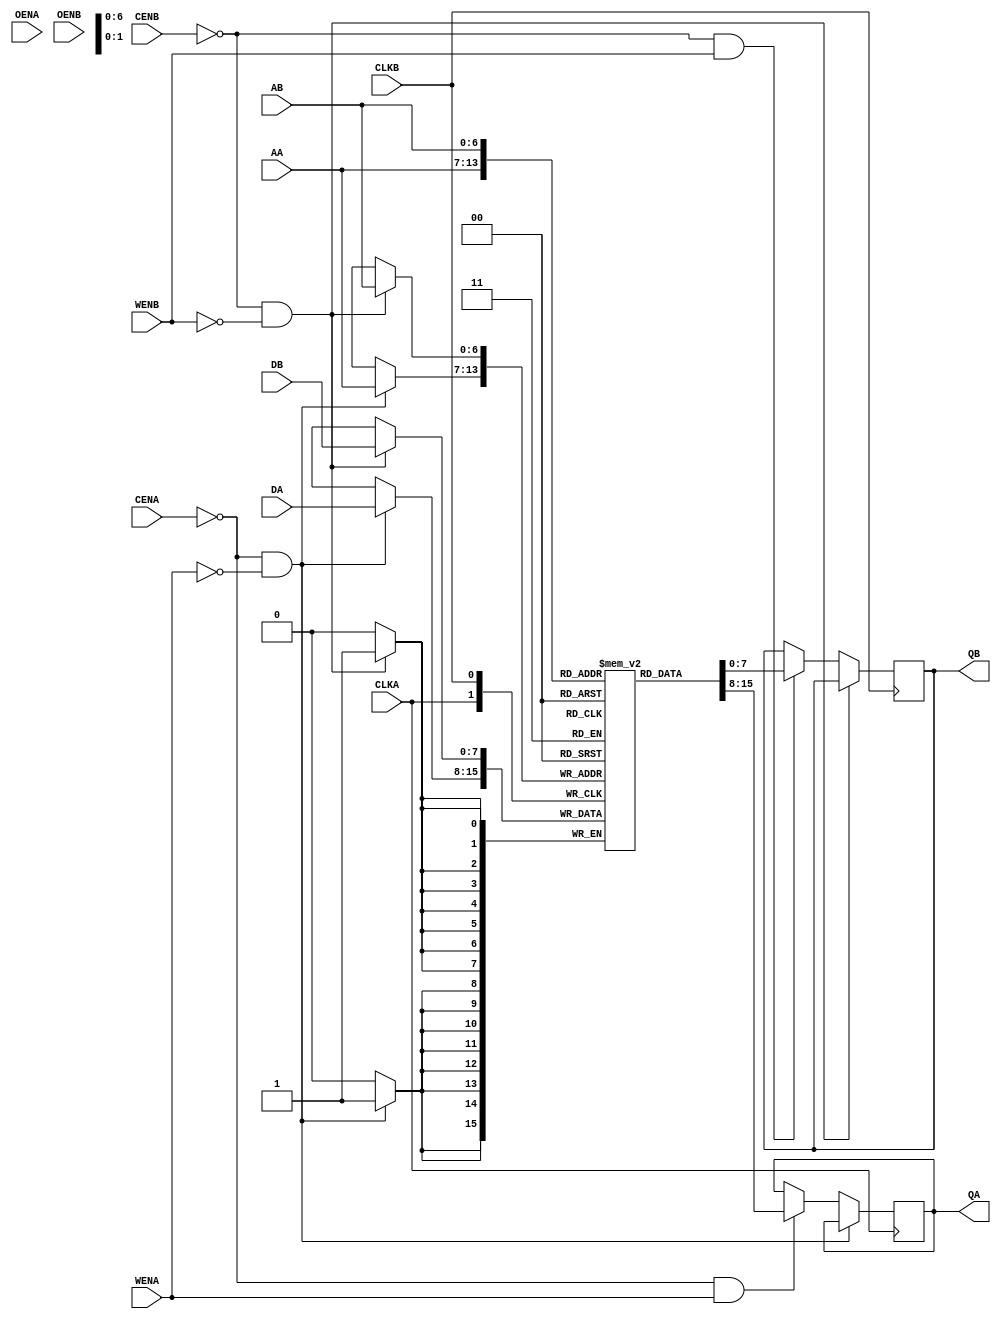
`timescale 1 ns/1 ps
module someTwoPortVendorMem_128_8_0 (QA,
				       CLKA,
				       CENA,  
				       WENA,  
				       AA,  
				       DA,    
				       OENA,
				       QB,  
				       CLKB,
				       CENB,  
				       WENB,  
				       AB,  
				       DB,    
				       OENB);
   output  [7:0]   QA;
   input 	   CLKA;
   input 	   CENA;
   input 	   WENA;
   input [6:0]     AA;
   input [7:0] 	   DA;
   input 	   OENA;
   
   output [7:0]    QB;
   input 	   CLKB;
   input 	   CENB;
   input 	   WENB;
   input [6:0] 	   AB;
   input [7:0] 	   DB;
   input 	   OENB;
   
   reg [7:0] 	   mem [127:0];
   reg [7:0] 	   QA,QB;
   
   initial
     begin
	$display("%m : someTwoPortVendorMem_128_8_0 instantiated.");
     end
   
   always @(posedge CLKA) 
     begin
	if((CENA == 0)&&(WENA==0))
	  begin
	     mem[AA] <= DA;
	  end
	else if((CENA == 0)&&(WENA==1))
	  begin
	     QA <=mem[AA];
	  end	
     end
   
   always @(posedge CLKB) 
     begin
	if((CENB == 0)&&(WENB==0))
	  begin
	     mem[AB] <= DB;
	  end
	else if((CENB == 0)&&(WENB==1))
	  begin
	     QB <=mem[AB];
	  end	
     end
endmodule